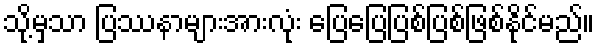
သို့မှသာ ပြဿနာများအားလုံး ပြေပြေပြစ်ပြစ်ဖြစ်နိုင်မည်။